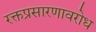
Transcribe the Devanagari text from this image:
रक्तप्रसारणावरोध